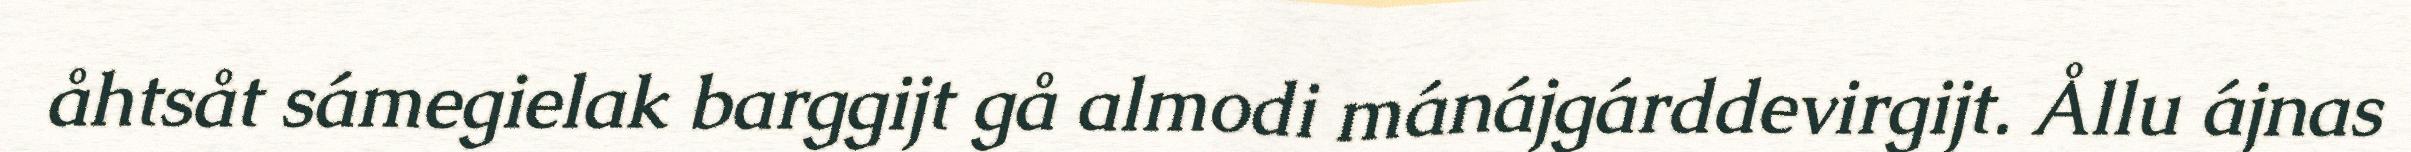
åhtsåt sámegielak barggijt gå almodi mánájgárddevirgijt. Ållu ájnas